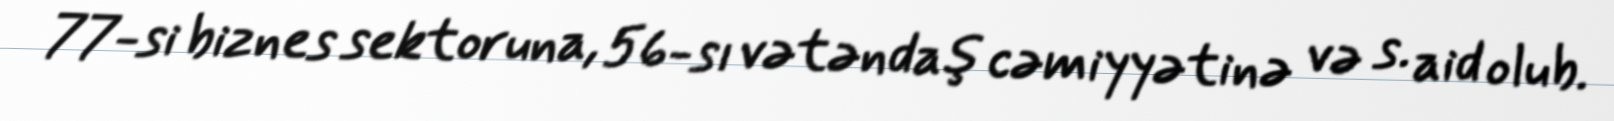
77-si biznes sektoruna, 56-sı vətəndaş cəmiyyətinə və s. aid olub.